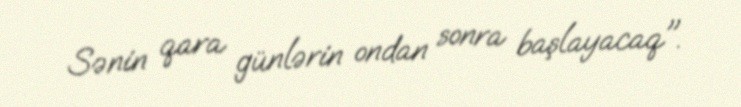
Sənin qara günlərin ondan sonra başlayacaq".